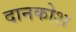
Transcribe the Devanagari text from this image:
दानकोश